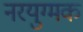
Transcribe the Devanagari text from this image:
नरयुग्मक